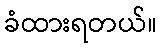
ခံထားရတယ်။